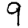
Digit: 9